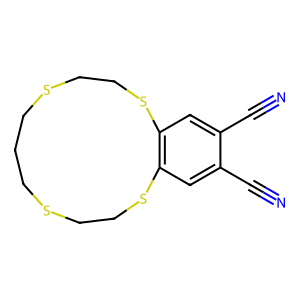
SMILES: N#Cc1cc2c(cc1C#N)SCCSCCCSCCS2
Inhibits HIV replication: No